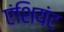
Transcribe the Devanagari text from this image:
एंशियंट